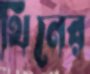
থিনের